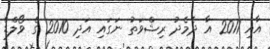
އާއި 2011 އާ ދެމެދު ރިޝްވަތު ނަގައި އަދި 2010 ގެ ވޯލްޑް